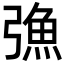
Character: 𢐗